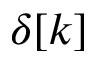
\delta [ k ]